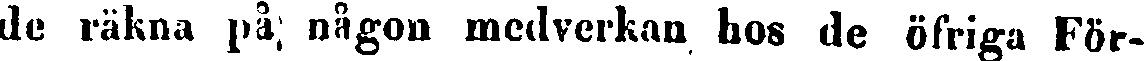
de räkna på; någon medverkan hos de öfriga För-